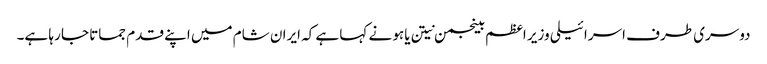
دوسری طرف اسرائیلی وزیر اعظم بینجمن نیتن یاہو نے کہا ہے کہ ایران شام میں اپنے قدم جماتا جا رہا ہے۔